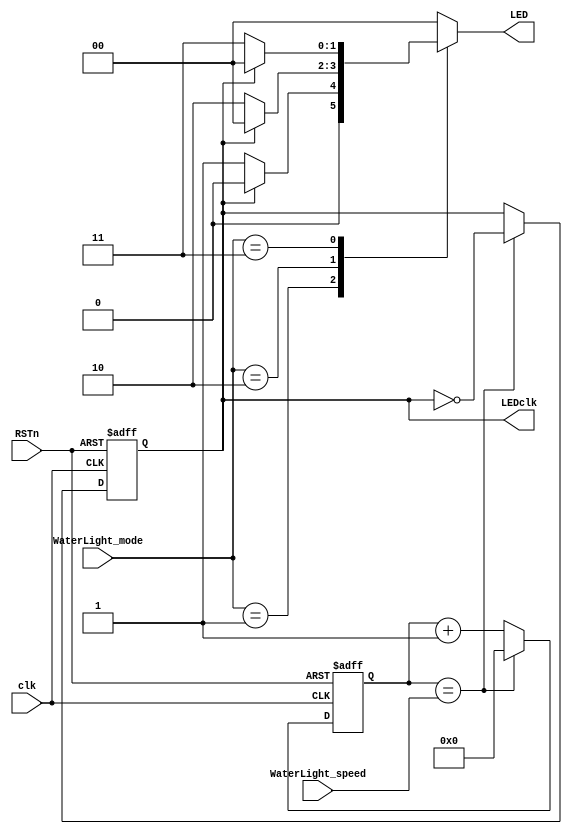
module WaterLight(
    input [1:0] WaterLight_mode,
    input [31:0] WaterLight_speed,
    input clk,
    input RSTn,
    output reg [1:0] LED,
    output wire LEDclk
);

//------------------------------------------------------
//  PWM
//------------------------------------------------------

reg [31:0] pwm_cnt;

always@(posedge clk or negedge RSTn) begin
    if(~RSTn) pwm_cnt <= 32'b0;
    else if(pwm_cnt == WaterLight_speed) pwm_cnt <= 32'b0;
    else pwm_cnt <= pwm_cnt + 1'b1;
end

reg light_clk;

always@(posedge clk or negedge RSTn) begin
    if(~RSTn) light_clk <= 1'b0;
    else if(pwm_cnt == WaterLight_speed) light_clk <= ~light_clk;
end

assign LEDclk = light_clk;

//------------------------------------------------------
//  LEFT MODE
//------------------------------------------------------

//2023-6-25-
//reg [1:0] mode1;

/*always@(posedge light_clk or negedge RSTn) begin
    if(~RSTn) mode1 <= 2'b11;
    else begin
         mode1 <= 2'b10;
        
    end
end
*/
//------------------------------------------------------
//  RIGHT MODE
//------------------------------------------------------

/*reg [1:0] mode2;

always@(posedge light_clk or negedge RSTn) begin
    if(~RSTn) mode2 <= 2'b00;
    else begin
         mode2 <= 2'b10;
    end
end*/

//------------------------------------------------------
//  FLASH MODE
//------------------------------------------------------
wire [1:0] mode1;
wire [1:0] mode2;
wire [1:0] mode3;

assign mode1 = (light_clk == 1'b0) ? 2'b01 : 2'b00;
assign mode2 = (light_clk == 1'b0) ? 2'b10 : 2'b00;
assign mode3 = (light_clk == 1'b0) ? 2'b11 : 2'b00;

//------------------------------------------------------
//  OUTPUT MUX
//------------------------------------------------------

always@(*) begin
    case(WaterLight_mode)
    2'b01 : begin LED = mode1;end  
    2'b10 : begin LED = mode2;end
    2'b11 : begin LED = mode3;end
    default : begin LED = 2'b00;end
    endcase
end

endmodule